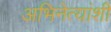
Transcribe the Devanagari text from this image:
अभिनेत्यांशी